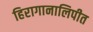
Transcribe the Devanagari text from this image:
हिरागानालिपीत